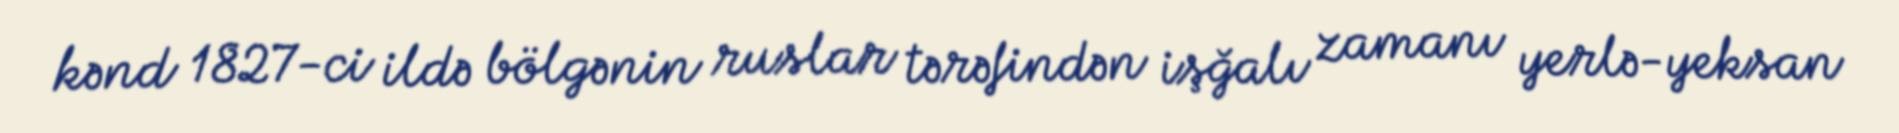
kənd 1827-ci ildə bölgənin ruslar tərəfindən işğalı zamanı yerlə-yeksan